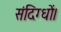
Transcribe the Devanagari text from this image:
संदिग्धों।